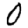
Digit: 0